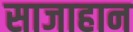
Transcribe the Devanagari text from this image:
साजाहान